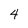
Character: 4